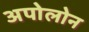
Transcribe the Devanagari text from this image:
अपोलोन